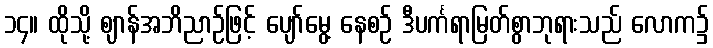
၁၄။ ထိုသို့ ဈာန်အဘိညာဉ်ဖြင့် ပျော်မွေ့ နေစဉ် ဒီပင်္ကရာမြတ်စွာဘုရားသည် လောက၌